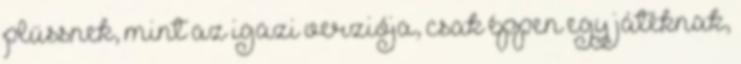
plüssnek, mint az igazi verziója, csak éppen egy játéknak,